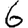
Digit: 6